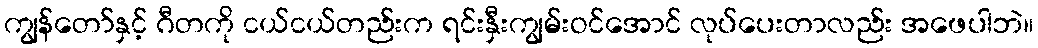
ကျွန်တော်နှင့် ဂီတကို ငယ်ငယ်တည်းက ရင်းနှီးကျွမ်းဝင်အောင် လုပ်ပေးတာလည်း အဖေပါဘဲ။